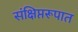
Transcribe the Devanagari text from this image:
संक्षिप्तरूपात